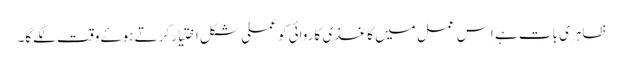
ظاہری بات ہے اِس عمل میں کاغذی کاروائی کو عملی شکل اختیار کرتے ہوۓ وقت لگےگا۔